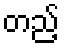
တည့်